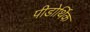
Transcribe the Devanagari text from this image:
पीडोर्थिक